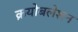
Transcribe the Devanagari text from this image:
क्रयोबलेशन